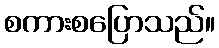
စကားစပြောသည်။